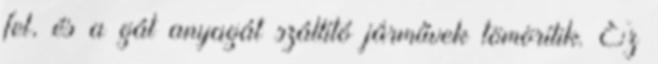
fel, és a gát anyagát szállító járművek tömörítik. Ez